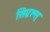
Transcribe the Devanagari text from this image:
सिग्नल्स्